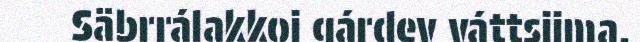
Säbrrálakkoj gárdev váttsijma.